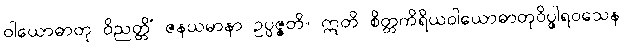
ဝါယောဓာတု ဝိညတ္တိံ ဇနယမာနာ ဥပ္ပဇ္ဇတိ။ ဣတိ စိတ္တကိရိယဝါယောဓာတုဝိပ္ဖါရဝသေန